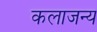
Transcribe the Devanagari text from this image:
कलाजन्य